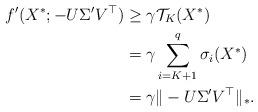
LaTeX: \begin{align*}f'(X^*;-U\Sigma'V^\top) &\ge\gamma\mathcal{T}_K(X^*)\\&=\gamma\sum_{i=K+1}^q\sigma_i(X^*)\\&=\gamma\|-U\Sigma'V^\top\|_*.\end{align*}